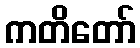
ကတိတော်